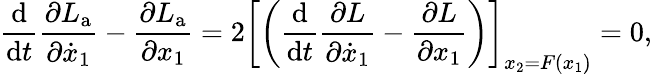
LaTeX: \frac{\mathrm{d}}{\mathrm{d}t}\frac{\partial L_{\mathrm{a}}}{\partial\dot{x}_{1}}-\frac{\partial L_{\mathrm{a}}}{\partial x_{1}}=2\left[\left(\frac{\mathrm{d}}{\mathrm{d}t}\frac{\partial L}{\partial\dot{x}_{1}}-\frac{\partial L}{\partial x_{1}}\right)\right]_{x_{2}=F(x_{1})}=0,